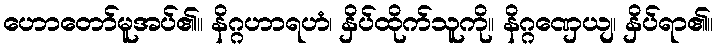
ဟောတော်မူအပ်၏။ နိဂ္ဂဟာရဟံ၊ နှိပ်ထိုက်သူကို။ နိဂ္ဂဏှေယျ၊ နှိပ်ရာ၏။